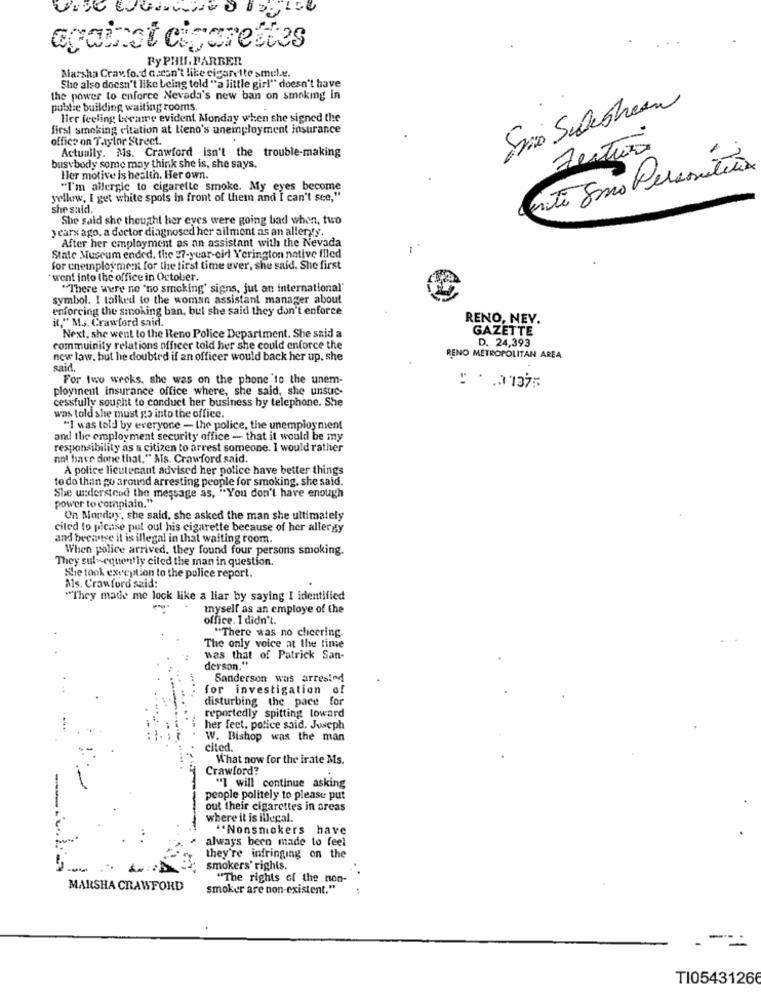
against cigarettes
Fy PHU, FARBER
Marsha Crav fo. d ascan't like cigarette smoke.
She also doesn't like being told "a little girl" doesn't have
the power to enforce Nevada's new ban on smoking in
Suis Sudestean
public building waiting rooms.
Hier feeling became evident Monday when she signed the
first smoking citation at Leno's unemployment insurance
office on Taylor Street.
Actually. Nis. Crawford isn't the trouble-making
Festiva
busybody some may think she is, she says,
inte Somo Persosítios
Hler motive is health. Her own.
"I'm allergic to cigarette smoke. My eyes become
yellow, I get white spots in front of them and I can't see,"
she said.
She said she thought her eyes were going bad when, two
years ago, a doctor diagnosed her ailment as an allergs.
After her employment as an assistant with the Nevada
State Museum ended, the 27-year-old \'erington native filed
for cnemployment for the first time ever, she said. She first
went into the office in October.
"There were no "no smoking' signs, jut an international"
symbol. I talked to the woman assistant manager about
enforcing the smoking ban, but she said they don't enforce
RENO, NEV.
R." M.s. Crawford said.
GAZETTE
Next. she went to the Reno Police Department. She said a
community relations officer told her she could enforce the
D. 24,393
new law. but he doubted if an officer would back her up. she
RENO METROPOLITAN AREA
said.
For two weeks. she was on the phone to the unem-
ployinent insurance office where, she said, she unsuc-
cessfully sought to conduct her business by telephone. She
was told she must go into the office.
"I was told by everyone - the police, the unemployment
and the employment security office - that it would be my
responsibility as a citizen to arrest someone. I would rather
not have done that." Als. Crawford said.
A police lieutenant advised her police have better things
to do than go around arresting people for smoking, she said.
She understood the message as, "You don't have enough
power to complain."
On Monday, she said. she asked the man she ultimately
ciled to please put out his cigarette because of her allergy
and because it is illegal in that waiting room.
When police arrived. they found four persons smoking.
They sul -- equently ciled the man in question.
She took exception to the police report.
Als. Crawford said:
"They made me lock like a liar by saying I identified
-
myself as an employe of the
office. I didn't.
"There was no cheering
The only voice at the time
was that of Patrick San-
derson."
Sanderson was arrested
for investigation of
disturbing the pace for
reportedly spitting loward
her feet, police said. Joseph
W. Bishop was the man
cited.
What now for the irate Ms.
Crawford?
"I will continue asking
people politely to please put
out their cigarettes in areas
where it is illegal.
"Nonsmokers have
always been made to feel
they're infringing on the
1.000
smokers' rights.
"The rights of the non-
MARSHA CRAWFORD
smoker are non-existent."
TI05431266